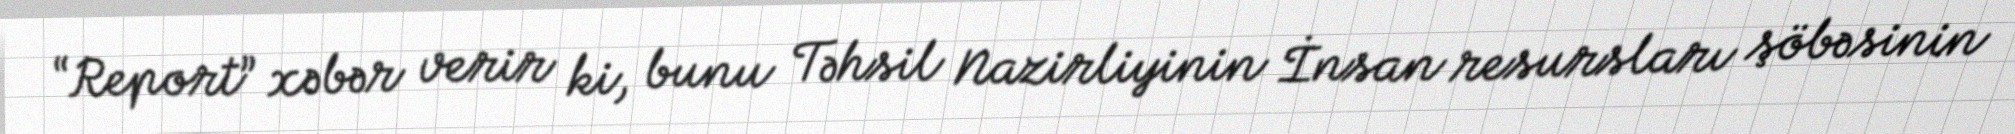
“Report” xəbər verir ki, bunu Təhsil Nazirliyinin İnsan resursları şöbəsinin